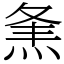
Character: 㶻